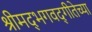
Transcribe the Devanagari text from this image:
श्रीमद्‌भगवद्‌गीतेच्या